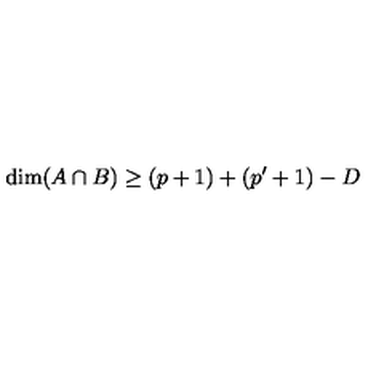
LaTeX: \dim ( A \cap B ) \ge ( p + 1 ) + ( p ^ { \prime } + 1 ) - D